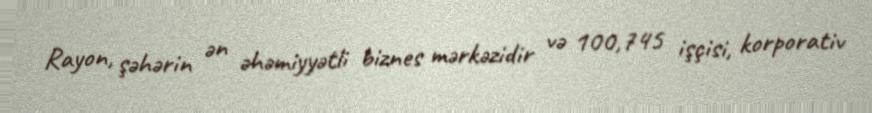
Rayon, şəhərin ən əhəmiyyətli biznes mərkəzidir və 100,745 işçisi, korporativ